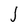
Character: j